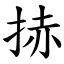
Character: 捇